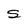
Character: S